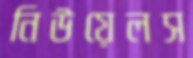
নিউয়েলস